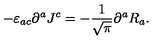
- \varepsilon _ { a c } \partial ^ { a } J ^ { c } = - \frac { 1 } { \sqrt { \pi } } \partial ^ { a } R _ { a } .